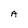
Character: A